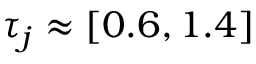
\tau _ { j } \approx [ 0 . 6 , 1 . 4 ]